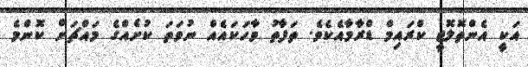
އަކީ އެންތޮލޮޖީ ކްރައިމް ޑްރާމާއެކެވެ. ތަފާތު ވާހަކައެއް ނުވަތަ ކުށެއްގެ މައްޗަށް ކޮންމެ